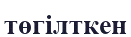
төгілткен